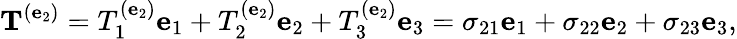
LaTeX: \mathbf{T}^{(\mathbf{e}_{2})}=T_{1}^{(\mathbf{e}_{2})}\mathbf{e}_{1}+T_{2}^{(\mathbf{e}_{2})}\mathbf{e}_{2}+T_{3}^{(\mathbf{e}_{2})}\mathbf{e}_{3}=\sigma_{21}\mathbf{e}_{1}+\sigma_{22}\mathbf{e}_{2}+\sigma_{23}\mathbf{e}_{3},